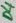
Text: D4